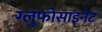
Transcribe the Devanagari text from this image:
ग्लुफोसाइनेट